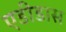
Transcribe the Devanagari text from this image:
एडीडास